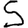
Digit: 5